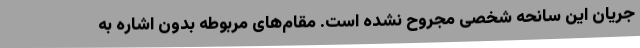
جریان این سانحه شخصی مجروح نشده است. مقام‌های مربوطه بدون اشاره به